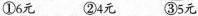
①6元 ②4元 ③5元